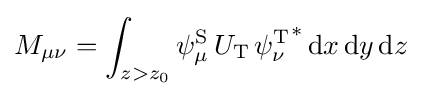
M_{\mu \nu }=\int _{z>z_{0}}\psi _{\mu }^{\text{S}}\,U_{\text{T}}\,{\psi _{\nu }^{\text{T}}}^{*}\,\mathrm {d} x\,\mathrm {d} y\,\mathrm {d} z